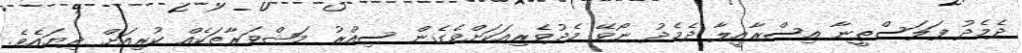
ދެމެދު ފަލަސްޠީނާ އިސްރާއީލާ ދެމެދު ނޯވޭ މެދުވެރިއަކަށްވެގެން ސިއްރު މަޝްވަރާތަކެއް ކުރިއަށް ދިޔައެވެ.